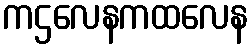
ကဌလေနကထလေန